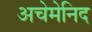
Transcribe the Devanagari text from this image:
अचेमेनिद